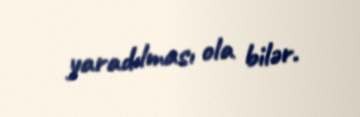
yaradılması ola bilər.